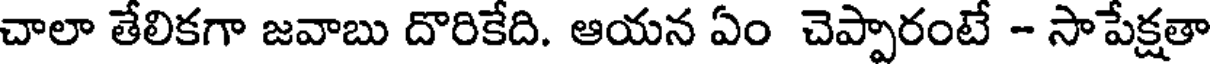
చాలా తేలికగా జవాబు దొరికేది. ఆయన ఏం చెప్పారంటే - సాపేక్షతా